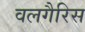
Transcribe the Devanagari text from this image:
वलगैरिस